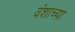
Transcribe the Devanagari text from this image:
वंशाच्य़ा